画像に写った文字を読んでください
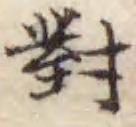
「對」と書いてあります